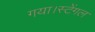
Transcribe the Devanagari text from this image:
गया।स्टेंगल